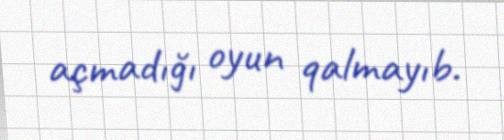
açmadığı oyun qalmayıb.